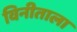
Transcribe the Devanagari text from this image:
विनीताला